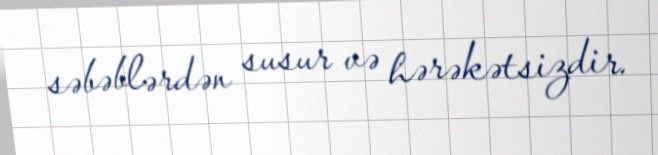
səbəblərdən susur və hərəkətsizdir.